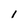
Character: 1